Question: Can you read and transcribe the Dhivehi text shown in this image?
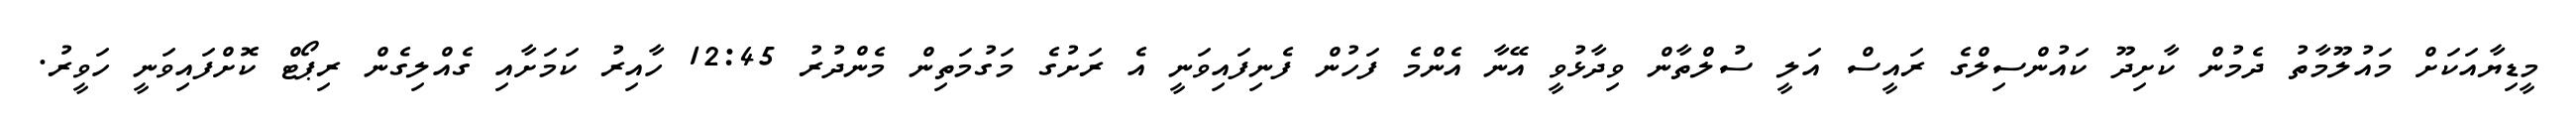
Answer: މީޑިޔާއަކަށް މައުލޫމާތު ދެމުން ކާށިދޫ ކައުންސިލްގެ ރައީސް އަލީ ސުލްތާން ވިދާޅުވީ އޭނާ އެންމެ ފަހުން ފެނިފައިވަނީ އެ ރަށުގެ މަގުމަތިން މެންދުރު 12:45 ހާއިރު ކަމަށާއި ގެއްލިގެން ރިޕޯޓް ކޮށްފައިވަނީ ހަވީރު.